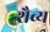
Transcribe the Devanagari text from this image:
शैव्य